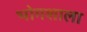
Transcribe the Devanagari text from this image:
भोगशाला